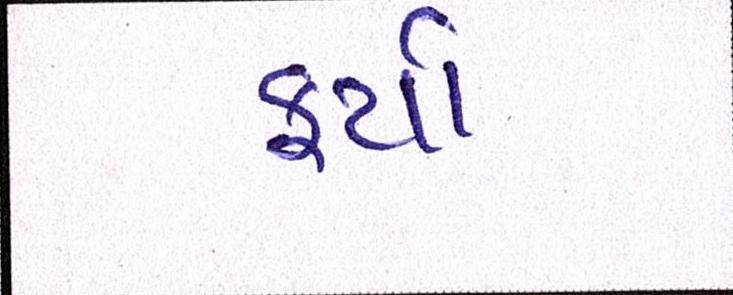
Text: ફર્યા